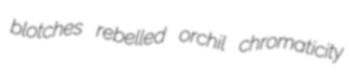
blotches rebelled orchil chromaticity